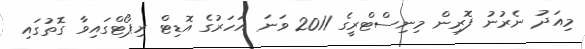
މިއަދު ނެރުނު ފޮރިން މިނިސްޓްރީގެ 2011 ވަނަ އަހަރުގެ އޮޑިޓް ރިޕޯޓްގައިވާ ގޮތުގައި